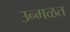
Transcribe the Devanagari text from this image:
उन्मळत